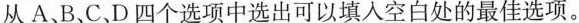
从 A 、B、C、D 四个选项中选出可以填人空白处的最佳选项.